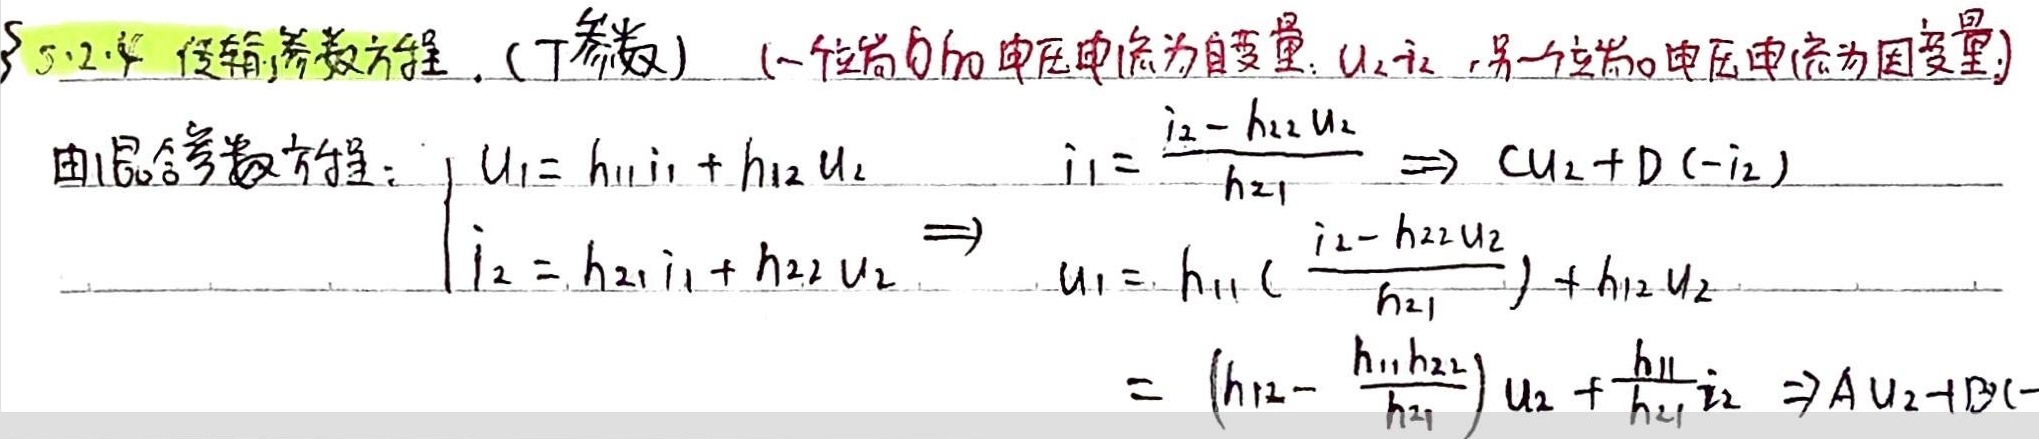
5.2.4 传输参数方程.（T参数）（一个端口的电压电流为自变量：\(u_2,i_2\)，另一个端口的电压电流为因变量）
由混合参数方程：
\(\begin{cases}
U_1 = h_{11}i_1 + h_{12}U_2\\
i_2 = h_{21}i_1 + h_{22}U_2
\end{cases}\)
\(i_1=\frac{i_2 - h_{22}U_2}{h_{21}}\Rightarrow Cu_2 + D(-i_2)\)
\(U_1 = h_{11}(\frac{i_2 - h_{22}U_2}{h_{21}})+h_{12}U_2=(h_{12}-\frac{h_{11}h_{22}}{h_{21}})U_2+\frac{h_{11}}{h_{21}}i_2\Rightarrow AU_2 + B(-i_2)\)